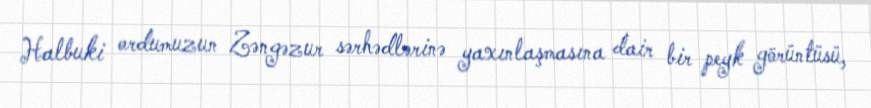
Halbuki ordumuzun Zəngəzur sərhədlərinə yaxınlaşmasına dair bir peyk görüntüsü,